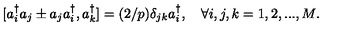
[ a _ { i } ^ { \dagger } a _ { j } \pm a _ { j } a _ { i } ^ { \dagger } , a _ { k } ^ { \dagger } ] = ( 2 / p ) \delta _ { j k } a _ { i } ^ { \dagger } , \quad \forall i , j , k = 1 , 2 , . . . , M .